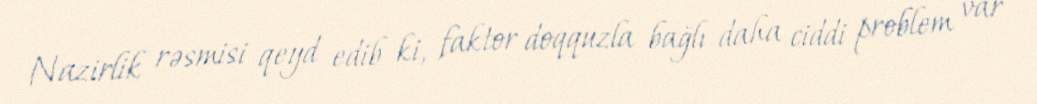
Nazirlik rəsmisi qeyd edib ki, faktor doqquzla bağlı daha ciddi problem var